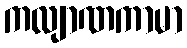
ကလျာဏကာမာ